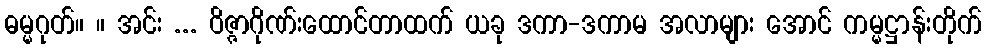
ဓမ္မဂုတ်။ ။ အင်း ... ဝိဇ္ဇာဂိုဏ်းထောင်တာထက် ယခု ဒကာ-ဒကာမ အလာများ အောင် ကမ္မဋ္ဌာန်းတိုက်